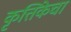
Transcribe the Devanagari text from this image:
कृत्तिकेचा